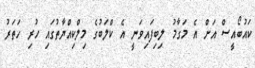
ކައުބޯއީސް އަށް އެ މަގާމު ލިބިފައިވަނީ އެ ކްލަބުގެ މިލްކިއްޔާތުގައި ހުރި ހަތަރު